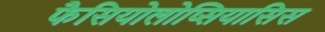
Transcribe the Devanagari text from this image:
फैसियोलोप्सियासिस